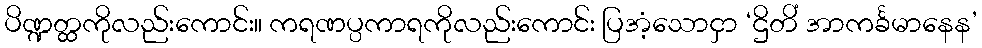
ပိဏ္ဍတ္ထကိုလည်းကောင်း။ ကရဏပ္ပကာရကိုလည်းကောင်း ပြအံ့သောငှာ ‘ဌိတိံ အာကင်္ခမာနေန’